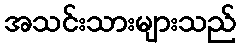
အသင်းသားများသည်